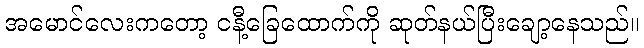
အမောင်လေးကတော့ ငနီ့ခြေထောက်ကို ဆုတ်နယ်ပြီးချော့နေသည်။